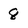
Character: 8